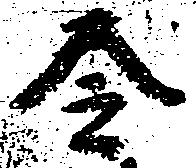
令